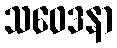
သဝေဒနာ